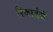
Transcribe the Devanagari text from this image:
रिकार्डर्स